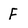
Character: F